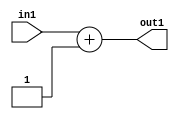
`timescale 1ps / 1ps
/*****************************************************************************
    Verilog RTL Description
    
    
    Created by: Stratus DpOpt 2019.1.01 
*******************************************************************************/

module SobelFilter_Add_2U_10_1 (
	in1,
	out1
	); /* architecture "behavioural" */ 
input [1:0] in1;
output [1:0] out1;
wire [1:0] asc001;

assign asc001 = 
	+(in1)
	+(2'B01);

assign out1 = asc001;
endmodule

/* CADENCE  urj5Sgs= : u9/ySgnWtBlWxVPRXgAZ4Og= ** DO NOT EDIT THIS LINE ******/